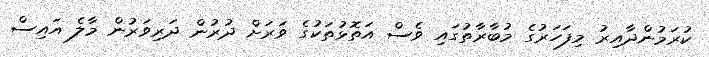
ކުރަމުންދާއިރު މިފަހަރުގެ މުބާރާތުގައި ވެސް އަތޮޅުތަކުގެ ވަރަށް ދުރުން ދަރިވަރުން މާލެ އައިސް